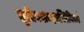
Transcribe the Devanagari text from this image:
तृतीयशब्दशक्तिविमर्श